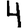
Digit: 4